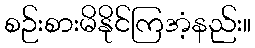
စဉ်းစားမိနိုင်ကြအံ့နည်း။